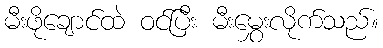
မီးဖိုချောင်ထဲ ဝင်ပြီး မီးမွှေးလိုက်သည်။